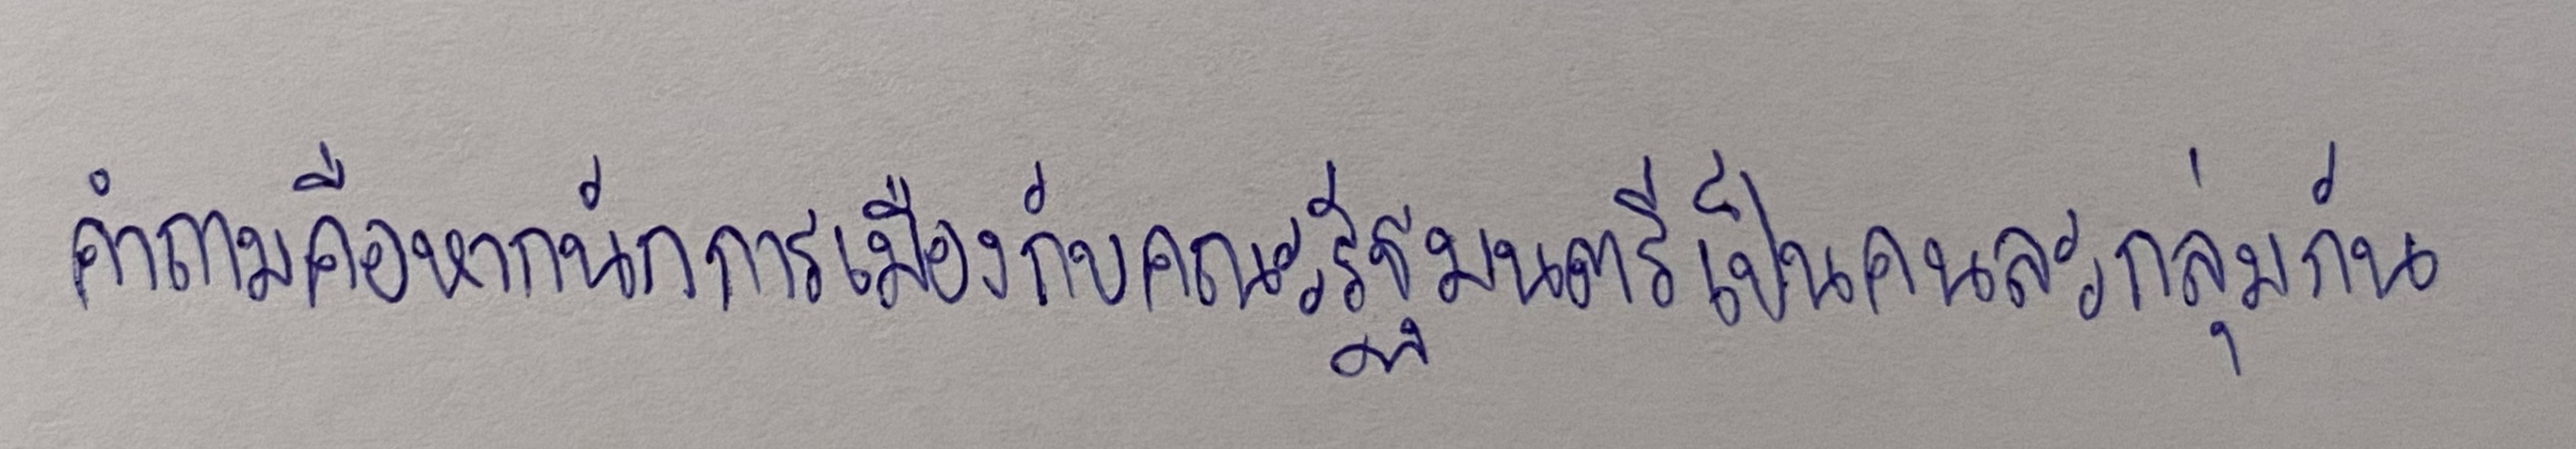
คำถามคือหากนักการเมืองกับคณะรัฐมนตรีเป็นคนละกลุ่มกัน